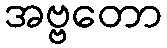
အဗ္ဗတော